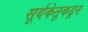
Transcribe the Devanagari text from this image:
सूर्यकेतूकडून